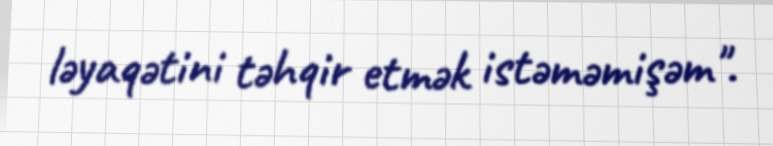
ləyaqətini təhqir etmək istəməmişəm".